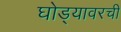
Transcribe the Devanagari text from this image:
घोड्यावरची